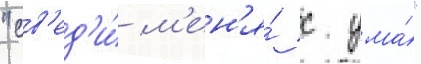
"св'ед'и́ м'ен'я́ с ума́"